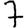
Digit: 7